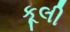
કૂલી